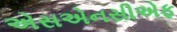
એસએનસીએફ